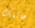
عالمك